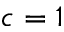
c = 1